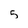
Character: 5